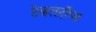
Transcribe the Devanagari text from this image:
टेबलटॉप्स